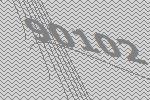
90102